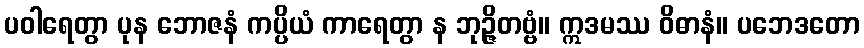
ပဝါရေတွာ ပုန ဘောဇနံ ကပ္ပိယံ ကာရေတွာ န ဘုဉ္ဇိတဗ္ဗံ။ ဣဒမဿ ဝိဓာနံ။ ပဘေဒတော